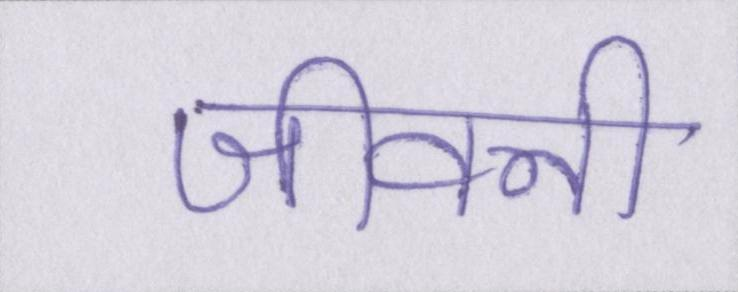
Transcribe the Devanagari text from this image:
जीवनी